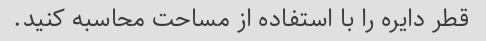
قطر دایره را با استفاده از مساحت محاسبه کنید.